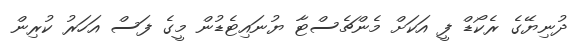
ދުނިޔޭގެ ރެކޯޑް ފީ އަކަށް މެންޗެސްޓާ ޔުނައިޓެޑުން މީގެ ފަސް އަހަރު ކުރިން